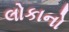
લોકાનો